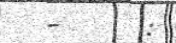
-      :